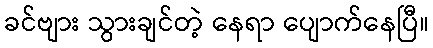
ခင်ဗျား သွားချင်တဲ့ နေရာ ပျောက်နေပြီ။